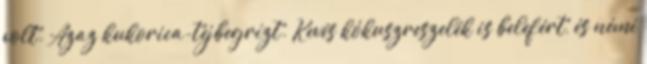
volt. Azaz kukorica-tejbegrízt. Kevés kókuszreszelék is belefért, és némi